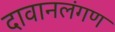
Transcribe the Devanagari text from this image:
दावानलंगण